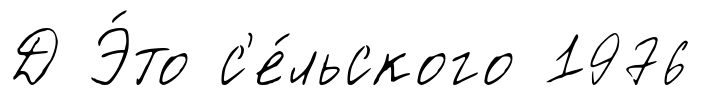
Д Э́то с'е́льского 1976